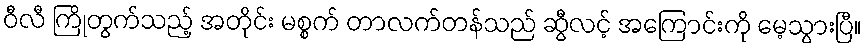
ဝီလီ ကြိုတွက်သည့် အတိုင်း မစ္စက် တာလက်တန်သည် ဆွီလင့် အကြောင်းကို မေ့သွားပြီ။